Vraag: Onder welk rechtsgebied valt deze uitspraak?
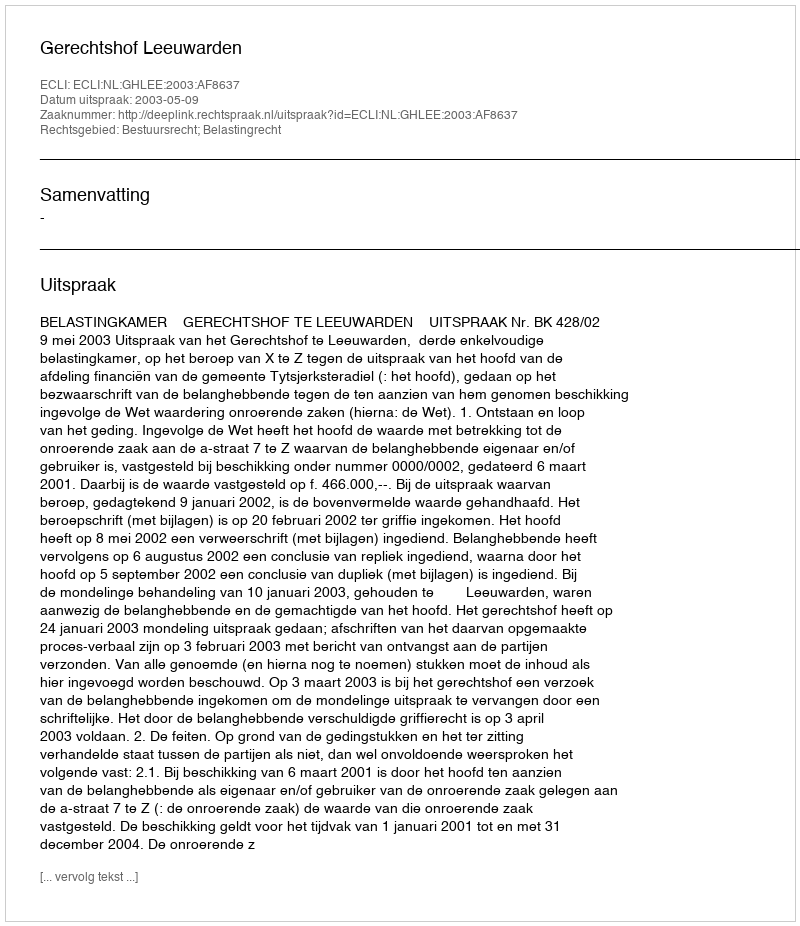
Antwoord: Bestuursrecht; Belastingrecht